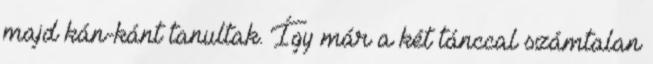
majd kán-kánt tanultak. Így már a két tánccal számtalan